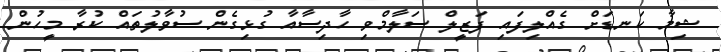
ޝިމާ ކަނޑަށް ގެއްލިފައި ފަޒީލް ސަލާމްވި ހާދިސާއާ ގުޅިގެން ސުވާލުތައް ކުރާ މީހުން